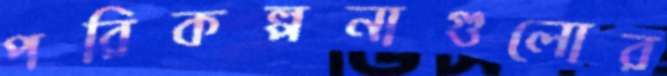
পরিকল্পনাগুলোর